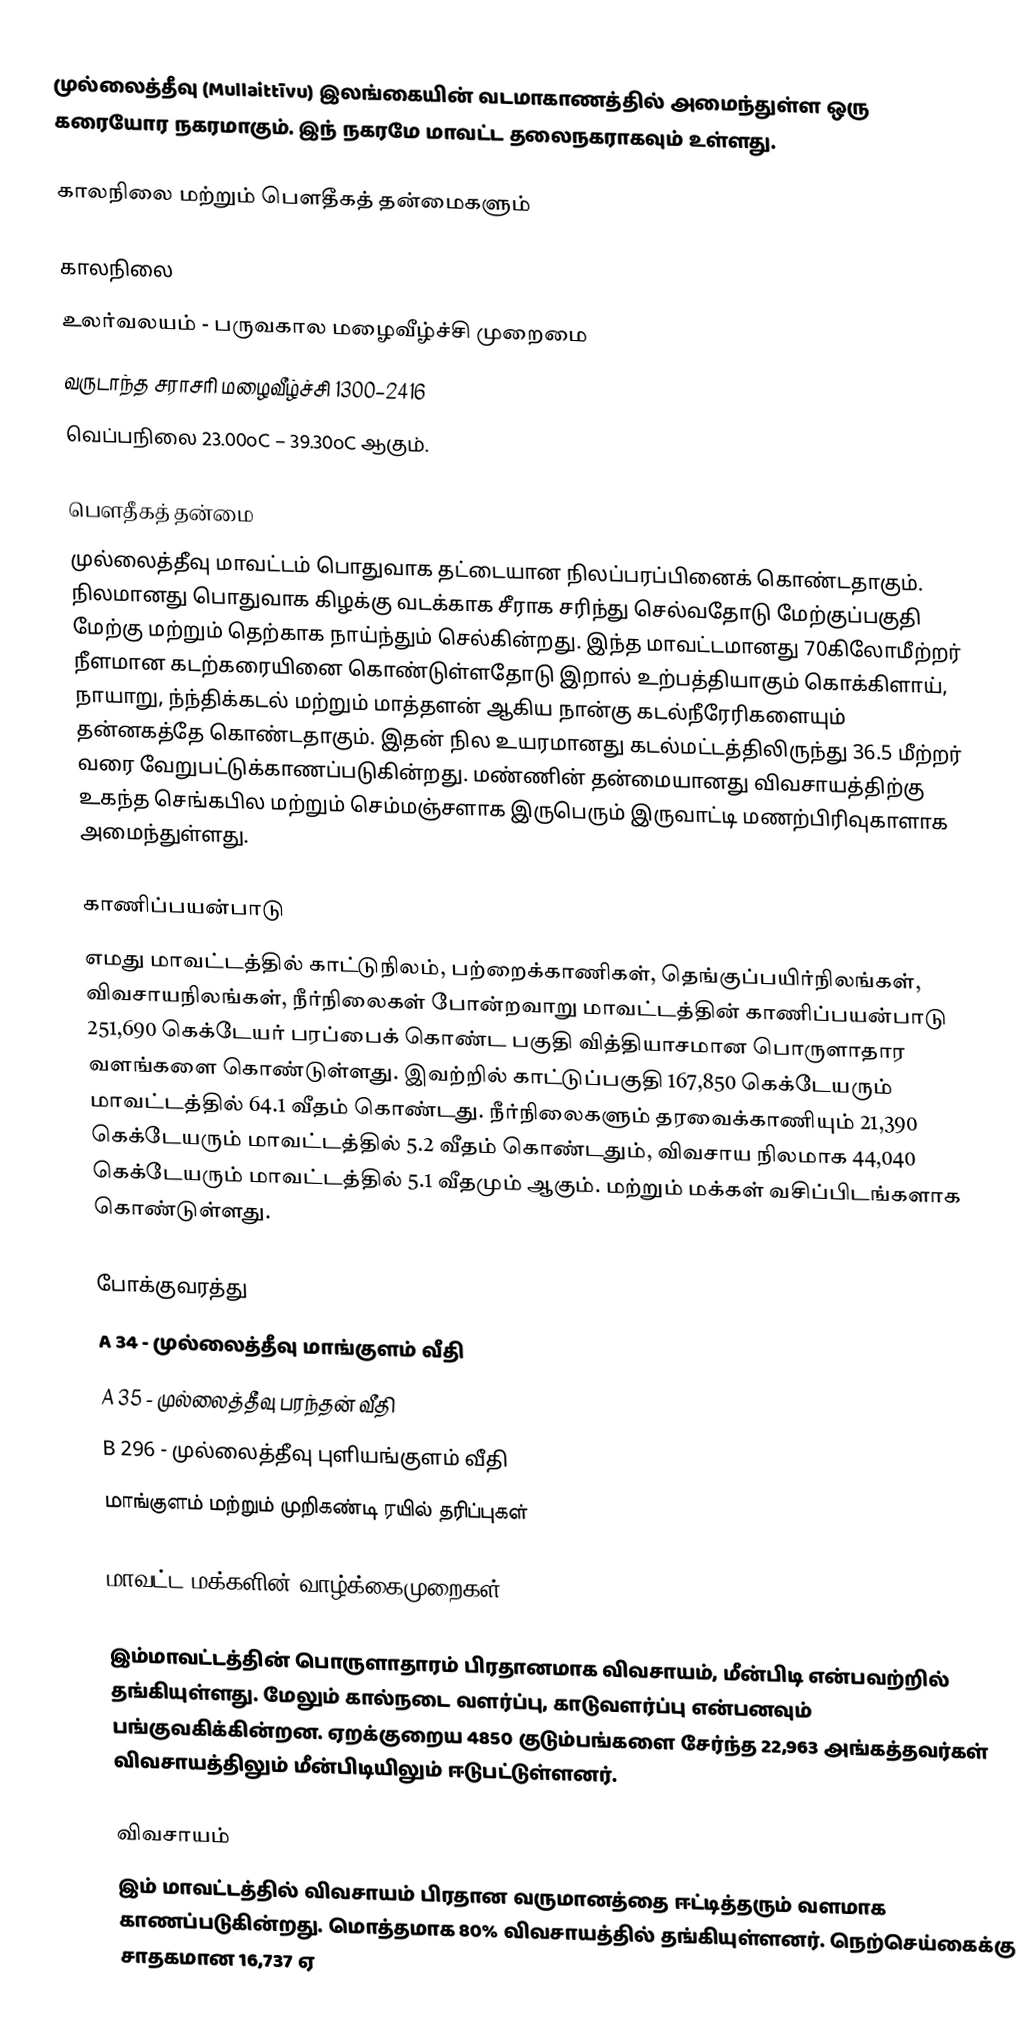
முல்லைத்தீவு (Mullaittīvu) இலங்கையின் வடமாகாணத்தில் அமைந்துள்ள ஒரு கரையோர நகரமாகும். இந் நகரமே மாவட்ட தலைநகராகவும் உள்ளது.

காலநிலை மற்றும் பௌதீகத் தன்மைகளும்

காலநிலை
உலர்வலயம் - பருவகால மழைவீழ்ச்சி முறைமை
வருடாந்த சராசரி மழைவீழ்ச்சி 1300–2416
வெப்பநிலை 23.00oC – 39.30oC ஆகும்.

பௌதீகத் தன்மை
முல்லைத்தீவு மாவட்டம் பொதுவாக தட்டையான நிலப்பரப்பினைக் கொண்டதாகும். நிலமானது பொதுவாக கிழக்கு வடக்காக சீராக சரிந்து செல்வதோடு மேற்குப்பகுதி மேற்கு மற்றும் தெற்காக நாய்ந்தும் செல்கின்றது. இந்த மாவட்டமானது 70கிலோமீற்றர் நீளமான கடற்கரையினை கொண்டுள்ளதோடு இறால் உற்பத்தியாகும் கொக்கிளாய், நாயாறு, ந்ந்திக்கடல் மற்றும் மாத்தளன் ஆகிய நான்கு கடல்நீரேரிகளையும் தன்னகத்தே கொண்டதாகும். இதன் நில உயரமானது கடல்மட்டத்திலிருந்து 36.5 மீற்றர் வரை வேறுபட்டுக்காணப்படுகின்றது. மண்ணின் தன்மையானது விவசாயத்திற்கு உகந்த செங்கபில மற்றும் செம்மஞ்சளாக இருபெரும் இருவாட்டி மணற்பிரிவுகாளாக அமைந்துள்ளது.

காணிப்பயன்பாடு
எமது மாவட்டத்தில் காட்டுநிலம், பற்றைக்காணிகள், தெங்குப்பயிர்நிலங்கள், விவசாயநிலங்கள், நீர்நிலைகள் போன்றவாறு மாவட்டத்தின் காணிப்பயன்பாடு 251,690 கெக்டேயர் பரப்பைக் கொண்ட பகுதி வித்தியாசமான பொருளாதார வளங்களை கொண்டுள்ளது. இவற்றில் காட்டுப்பகுதி 167,850 கெக்டேயரும் மாவட்டத்தில் 64.1 வீதம் கொண்டது. நீர்நிலைகளும் தரவைக்காணியும் 21,390 கெக்டேயரும் மாவட்டத்தில் 5.2 வீதம் கொண்டதும், விவசாய நிலமாக 44,040 கெக்டேயரும் மாவட்டத்தில் 5.1 வீதமும் ஆகும். மற்றும் மக்கள் வசிப்பிடங்களாக கொண்டுள்ளது.

போக்குவரத்து
 A 34 - முல்லைத்தீவு மாங்குளம் வீதி
 A 35 - முல்லைத்தீவு பரந்தன் வீதி
 B 296 - முல்லைத்தீவு புளியங்குளம் வீதி
 மாங்குளம் மற்றும் முறிகண்டி ரயில் தரிப்புகள்

மாவட்ட மக்களின் வாழ்க்கைமுறைகள்

இம்மாவட்டத்தின் பொருளாதாரம் பிரதானமாக விவசாயம், மீன்பிடி என்பவற்றில் தங்கியுள்ளது. மேலும் கால்நடை வளர்ப்பு, காடுவளர்ப்பு என்பனவும் பங்குவகிக்கின்றன. ஏறக்குறைய 4850 குடும்பங்களை சேர்ந்த 22,963 அங்கத்தவர்கள் விவசாயத்திலும் மீன்பிடியிலும் ஈடுபட்டுள்ளனர்.

விவசாயம்
இம் மாவட்டத்தில் விவசாயம் பிரதான வருமானத்தை ஈட்டித்தரும் வளமாக காணப்படுகின்றது. மொத்தமாக 80% விவசாயத்தில் தங்கியுள்ளனர். நெற்செய்கைக்கு சாதகமான 16,737 ஏ